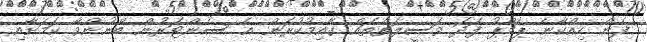
ފެން ހިއްކާނެ ޕަމްޕު ފަދަ ވަސީލަތްތައް ގާއިމުކުރަން އެ ސެންޓަރުން ބޭނުންވާ ކަމަށާއި